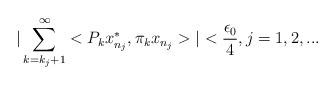
LaTeX: \begin{align*}|\sum_{k=k_{j}+1}^{\infty}<P_{k}x^{*}_{n_{j}},\pi_{k}x_{n_{j}}>|<\frac{\epsilon_{0}}{4}, j=1,2,...\end{align*}